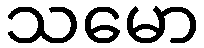
သမော